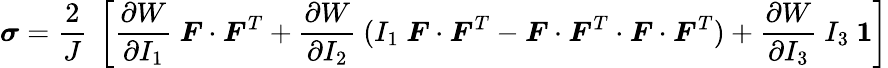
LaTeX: {\boldsymbol{\sigma}}={\frac{2}{J}}~\left[{\frac{\partial W}{\partial I_{1}}}~{\boldsymbol{F}}\cdot{\boldsymbol{F}}^{T}+{\frac{\partial W}{\partial I_{2}}}~(I_{1}~{\boldsymbol{F}}\cdot{\boldsymbol{F}}^{T}-{\boldsymbol{F}}\cdot{\boldsymbol{F}}^{T}\cdot{\boldsymbol{F}}\cdot{\boldsymbol{F}}^{T})+{\frac{\partial W}{\partial I_{3}}}~I_{3}~{\boldsymbol{\mathit{1}}}\right]